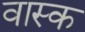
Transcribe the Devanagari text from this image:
वास्क